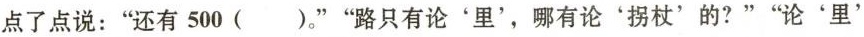
点了点说：”还有500()。””路只有论'里'，哪有论'拐杖'的?””论'里'